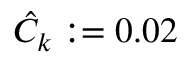
\hat { C } _ { k } : = 0 . 0 2